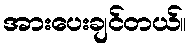
အားပေးချင်တယ်။